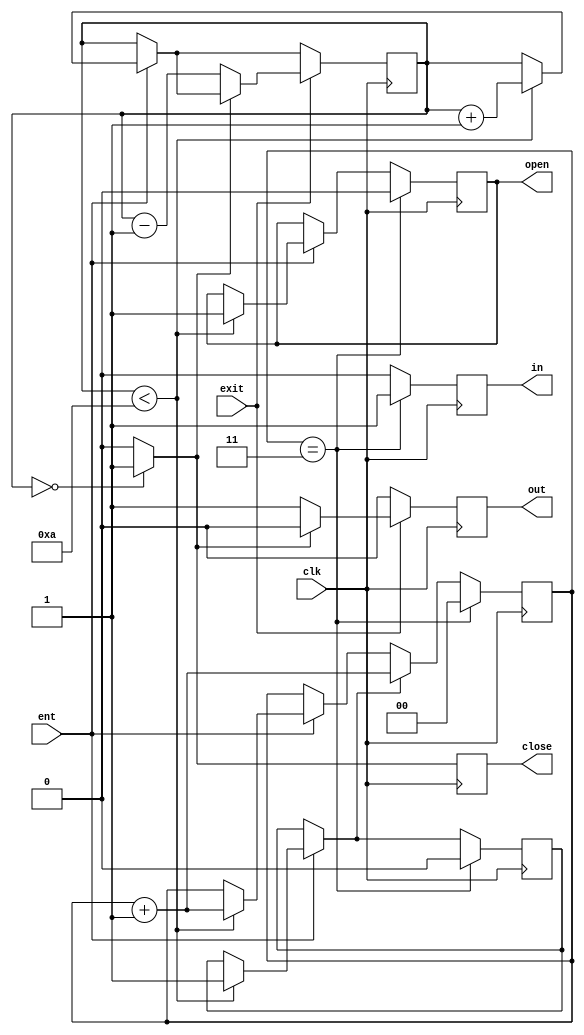
`timescale 1ns / 1ps

module Main(
	input clk,
	input ent,
	input exit,
	output reg in,
	output reg out,
	output reg open,
	output reg close
	);
	
reg [3:0] members;
reg [1:0] waitOpen;
reg keepOpen;

initial begin
	members <= 4'b0;
	waitOpen <= 2'b0;
	keepOpen = 0;
end

always @(posedge clk) begin

	in = 0;
	out = 0;
	
	if (members == 0) begin
		close = 1;
	end
	else begin
		close = 0;
	end
	
	if (ent) begin
		if (members < 10) begin
			members <= members + 1;
			waitOpen <= waitOpen + 1;
			keepOpen = 1;
			open = 1;
		end
	end
	
	if (exit) begin
		if (!close) begin
			members <= members - 1;
			out = 1;
		end
	end
	
	if (keepOpen) begin
		waitOpen <= waitOpen + 1;
	end
	
	if (waitOpen == 3) begin
		keepOpen = 0;
		waitOpen <= 2'b0;
		open = 0;
		in = 1;
	end
end

endmodule